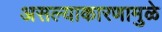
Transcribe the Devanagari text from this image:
असल्याकारणामुळे